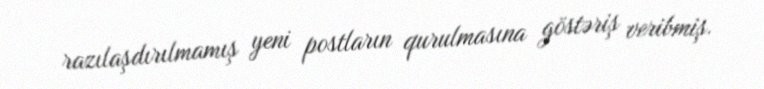
razılaşdırılmamış yeni postların qurulmasına göstəriş veribmiş.